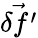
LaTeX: \vec{\delta f^{\prime}}